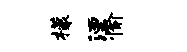
檬湮愉